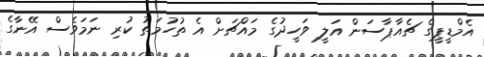
އެމްޑީޕީގެ ޗެއާޕާސަން އަލީ ވަހީދުގެ މައްޗަށް އެ ތުހުމަތު ކުރި ނަމަވެސް އޭނާގެ